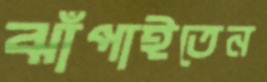
ঝাঁপাইতেন